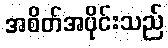
အစိတ်အပိုင်းသည်